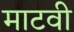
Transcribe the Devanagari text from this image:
माटवी